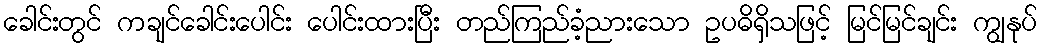
ခေါင်းတွင် ကချင်ခေါင်းပေါင်း ပေါင်းထားပြီး တည်ကြည်ခံ့ညားသော ဥပဓိရှိသဖြင့် မြင်မြင်ချင်း ကျွနုပ်